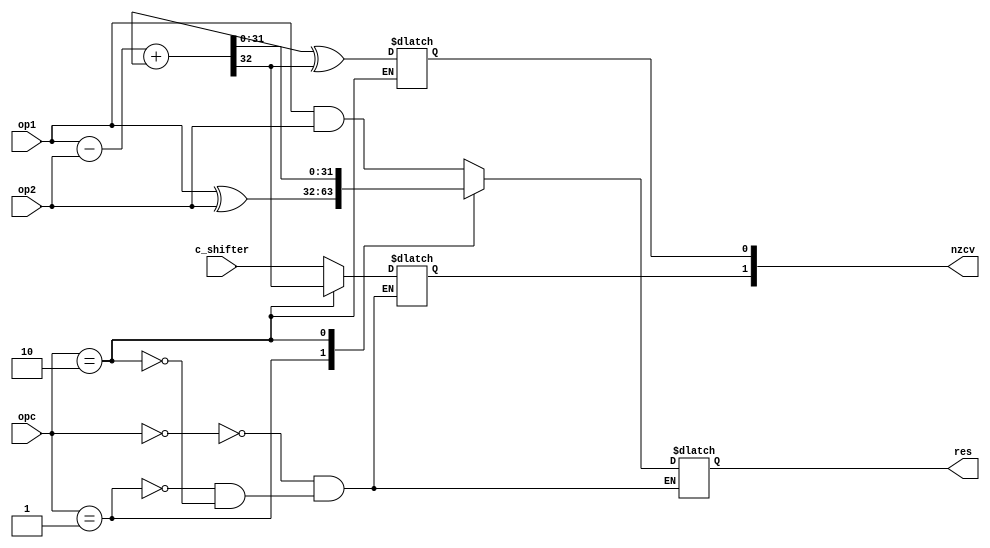
// ALU(block) design for ARM
// https://www.cc.gatech.edu/~hyesoon/spr10/lec_arm2.pdf
// instructions minimal for mux

`define AND 4'd0
`define XOR 4'd1
`define SUB 4'd2
`define RSB 4'd3
`define ADD 4'd4
`define ADC 4'd5
`define SBC 4'd6
`define RSC 4'd7
`define TST 4'd8
`define TEQ 4'd9
`define CMP 4'd10
`define CMN 4'd11
`define ORR 4'd12
`define MOV 4'd13
`define BIC 4'd14
`define MVN 4'd15

module ALU(opc, op1, op2, res, nzcv, c_shifter);

    parameter N = 32;

    input [N-1:0] op1, op2;
    input [3:0] opc;
    input c_shifter;

    output reg [N-1:0] res;
    output reg [3:0] nzcv;

    reg cin, cout;

    always @(*) begin
        case(opc)
        `AND: begin
            res = op1 & op2;
            nzcv[1] = c_shifter;
        end
        `XOR: begin
            res = op1 ^ op2;
            nzcv[1] = c_shifter;
        end
        `SUB: begin
            {cout, res} = op1 - op2 + cin;
            nzcv[1] = cout;
            nzcv[0] = cin^cout;
        end
        endcase
    end

endmodule